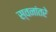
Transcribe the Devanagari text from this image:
स्वनांतरे